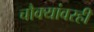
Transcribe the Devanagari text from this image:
चौक्यांवरही